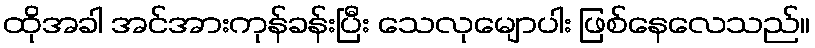
ထိုအခါ အင်အားကုန်ခန်းပြီး သေလုမျောပါး ဖြစ်နေလေသည်။